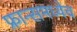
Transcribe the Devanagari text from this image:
फ्रान्समध्येच